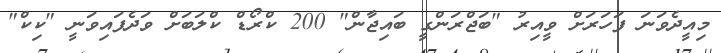
މިއީދެވަނަ ފަހަރަށް ވީއިރު "ބަޖްރަންގީ ބައިޖާން" 200 ކްރޯޑް ކްލަބަށް ވަދެފައިވަނީ "ކިކް"